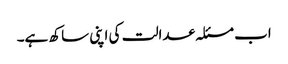
اب مسئلہ عدالت کی اپنی ساکھ ہے۔